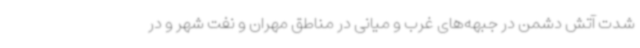
شدت آتش دشمن در جبهه‌های غرب و میانی در مناطق مهران و نفت شهر و در